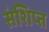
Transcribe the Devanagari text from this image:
संशिप्त